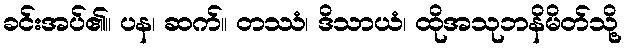
ခင်းအပ်၏။ ပန၊ ဆက်။ တဿံ၊ ဒိသာယံ၊ ထိုအသုဘနိမိတ်သို့